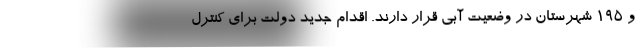
و ۱۹۵ شهرستان در وضعیت آبی قرار دارند. اقدام جدید دولت برای کنترل